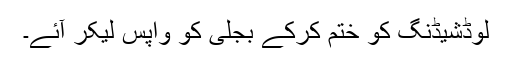
لوڈشیڈنگ کو ختم کرکے بجلی کو واپس لیکر آئے۔